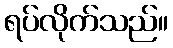
ရပ်လိုက်သည်။